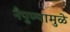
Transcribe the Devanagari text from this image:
नैपुण्यामुळे